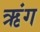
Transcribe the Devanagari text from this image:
ऋंग